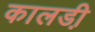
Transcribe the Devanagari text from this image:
कालडी़